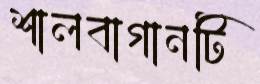
শালবাগানটি